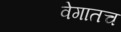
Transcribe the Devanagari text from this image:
वेगातच